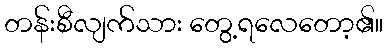
တန်းစီလျက်သား တွေ့ရလေတော့၏။